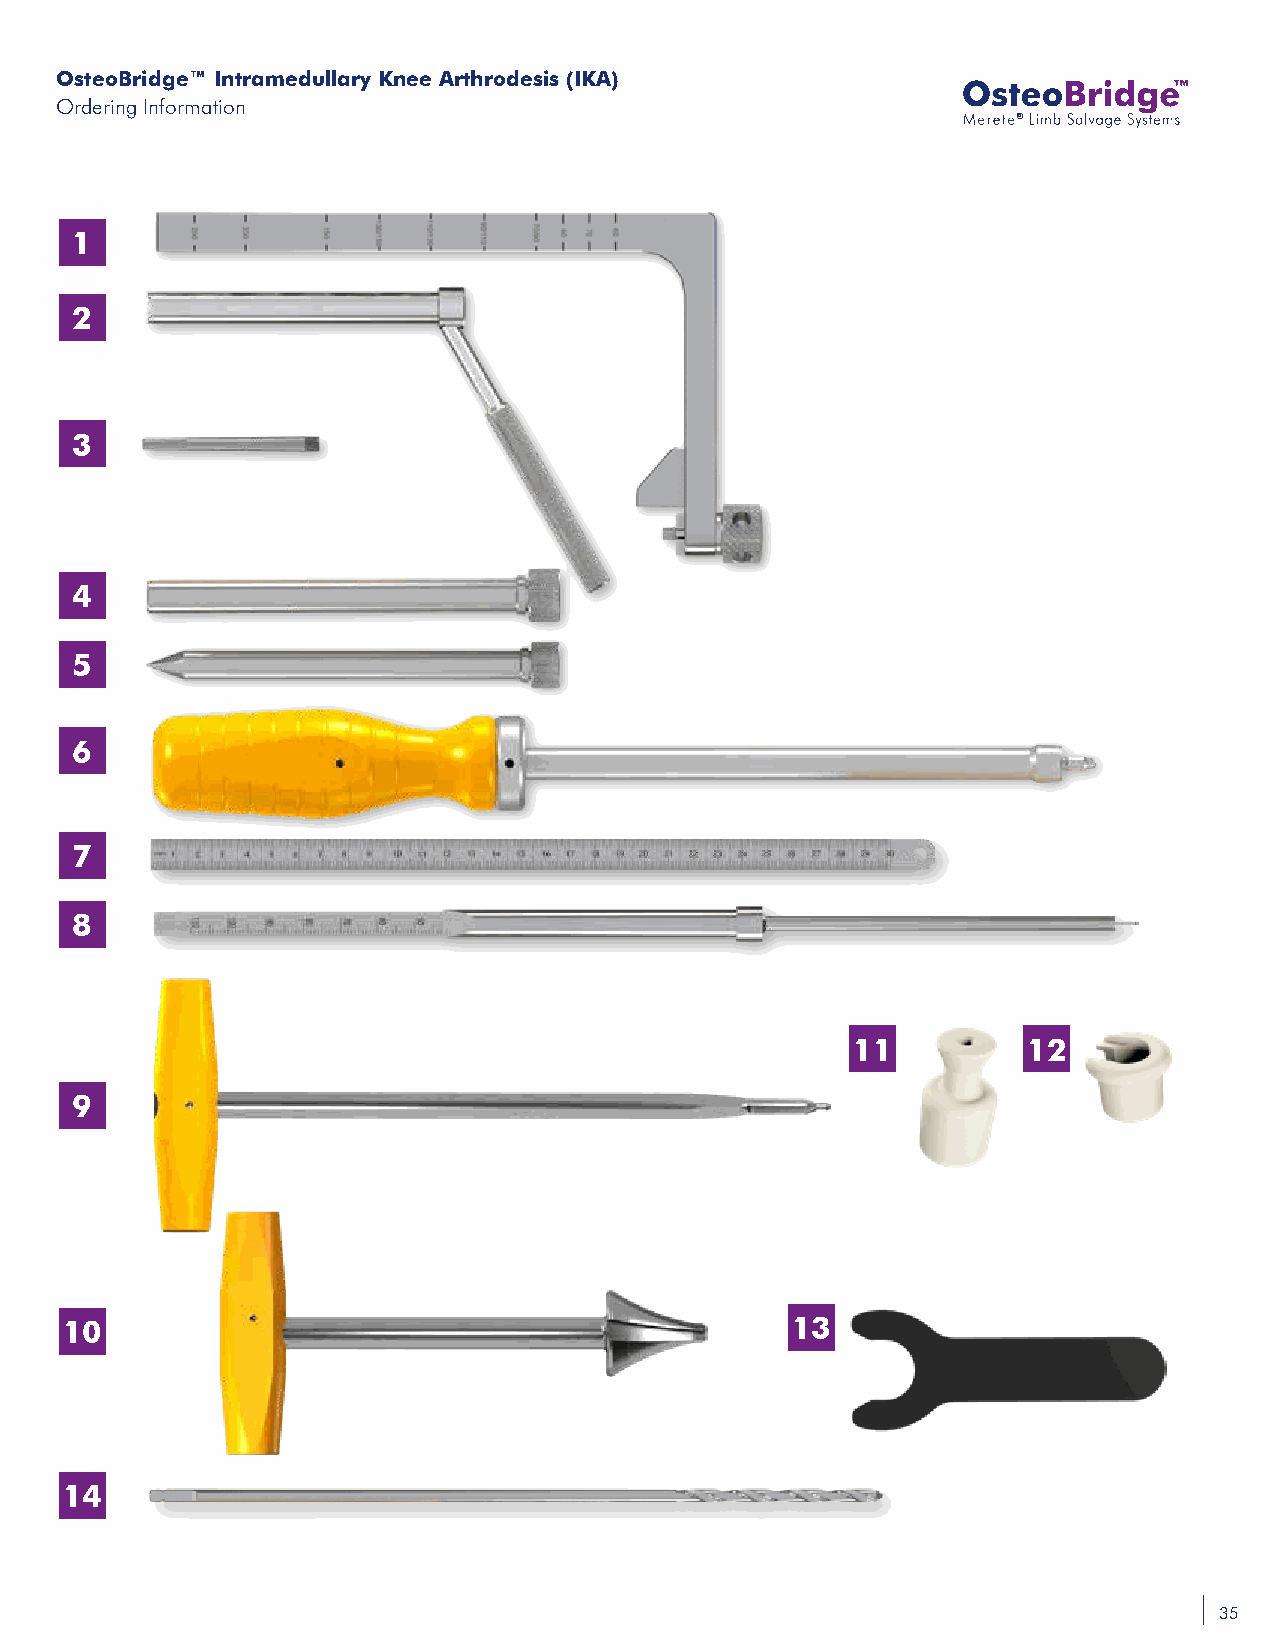
OsteoBridge™ Intramedullary Knee Arthrodesis (IKA)
 Ordering Information
 ®
 1
 2
 3
 4
 5
 6
 7
 8
 11          12
 9
 10                                              13
 14
 35